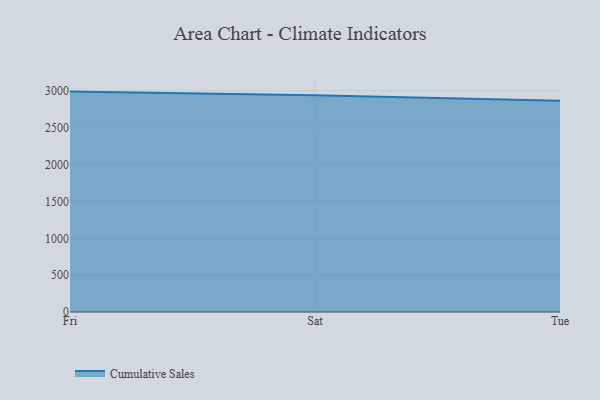
{"axis": {"x": "Day", "y": "Satisfaction Score"}, "legend": ["Cumulative Sales"], "data": [{"x": "Fri", "y": 2990.7, "type": "Cumulative Sales"}, {"x": "Sat", "y": 2939.9, "type": "Cumulative Sales"}, {"x": "Tue", "y": 2865.6, "type": "Cumulative Sales"}]}